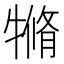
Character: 𤛛